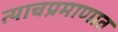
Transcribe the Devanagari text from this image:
त्याचप्रमाणात